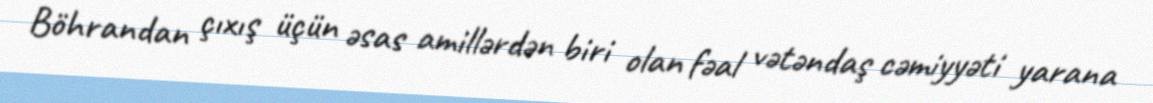
Böhrandan çıxış üçün əsas amillərdən biri olan fəal vətəndaş cəmiyyəti yarana